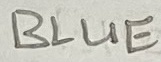
Text: BLUE